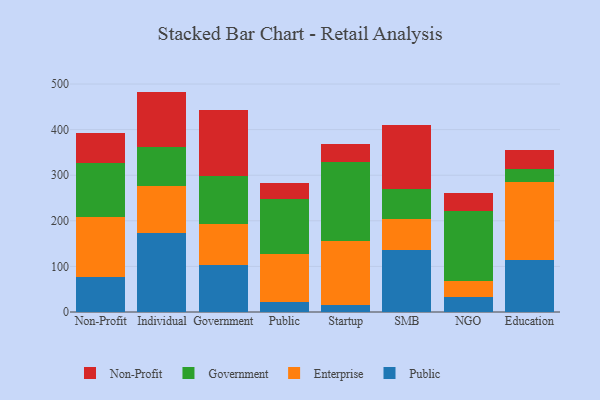
{"axis": {"x": "Segment", "y": "Demand Index"}, "legend": ["Enterprise", "Government", "Non-Profit", "Public"], "data": [{"x": "Non-Profit", "y": 76.1, "type": "Public"}, {"x": "Non-Profit", "y": 132.1, "type": "Enterprise"}, {"x": "Non-Profit", "y": 119.0, "type": "Government"}, {"x": "Non-Profit", "y": 66.2, "type": "Non-Profit"}, {"x": "Individual", "y": 174.2, "type": "Public"}, {"x": "Individual", "y": 101.5, "type": "Enterprise"}, {"x": "Individual", "y": 85.5, "type": "Government"}, {"x": "Individual", "y": 122.2, "type": "Non-Profit"}, {"x": "Government", "y": 103.4, "type": "Public"}, {"x": "Government", "y": 89.9, "type": "Enterprise"}, {"x": "Government", "y": 105.9, "type": "Government"}, {"x": "Government", "y": 144.6, "type": "Non-Profit"}, {"x": "Public", "y": 21.7, "type": "Public"}, {"x": "Public", "y": 104.7, "type": "Enterprise"}, {"x": "Public", "y": 122.3, "type": "Government"}, {"x": "Public", "y": 35.1, "type": "Non-Profit"}, {"x": "Startup", "y": 15.3, "type": "Public"}, {"x": "Startup", "y": 139.6, "type": "Enterprise"}, {"x": "Startup", "y": 174.0, "type": "Government"}, {"x": "Startup", "y": 39.4, "type": "Non-Profit"}, {"x": "SMB", "y": 135.5, "type": "Public"}, {"x": "SMB", "y": 67.8, "type": "Enterprise"}, {"x": "SMB", "y": 66.4, "type": "Government"}, {"x": "SMB", "y": 139.9, "type": "Non-Profit"}, {"x": "NGO", "y": 33.6, "type": "Public"}, {"x": "NGO", "y": 34.1, "type": "Enterprise"}, {"x": "NGO", "y": 153.0, "type": "Government"}, {"x": "NGO", "y": 39.7, "type": "Non-Profit"}, {"x": "Education", "y": 114.8, "type": "Public"}, {"x": "Education", "y": 169.4, "type": "Enterprise"}, {"x": "Education", "y": 30.5, "type": "Government"}, {"x": "Education", "y": 41.7, "type": "Non-Profit"}]}